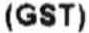
(GST)